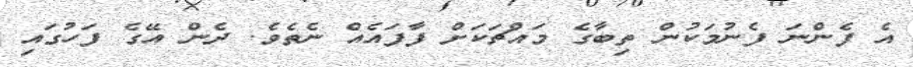
އެ ފެންނަ ފެނުމަކުން ތިބާގެ މައްޗަކަށް ފާފައެއް ނެތެވެ. ދެން އޭގެ ފަހުގައި